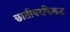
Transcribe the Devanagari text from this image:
छातीवरफिकट